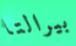
بيرالتا